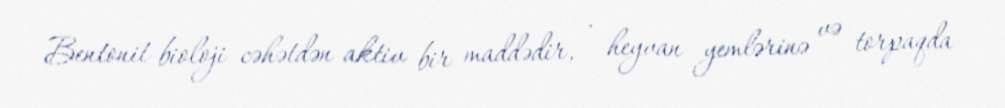
Bentonit bioloji cəhətdən aktiv bir maddədir, , heyvan yemlərinə və torpaqda